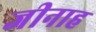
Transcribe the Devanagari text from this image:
जीनाह